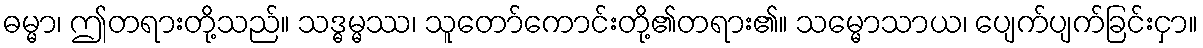
ဓမ္မာ၊ ဤတရားတို့သည်။ သဒ္ဓမ္မဿ၊ သူတော်ကောင်းတို့၏တရား၏။ သမ္မောသာယ၊ ပျေက်ပျက်ခြင်းငှာ။